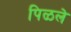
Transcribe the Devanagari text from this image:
पिळले